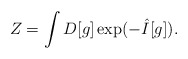
\begin{align*}Z=\int D[g] \exp (-\hat{I}[g]).\end{align*}